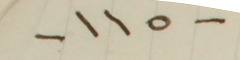
-١١٥-